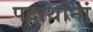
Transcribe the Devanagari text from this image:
पदार्थानां